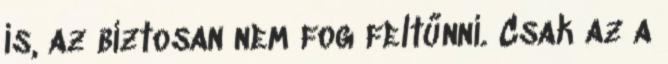
is, az biztosan nem fog feltűnni. Csak az a